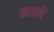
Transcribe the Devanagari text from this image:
माश्क़ी